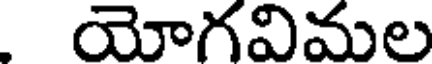
యోగవిమల